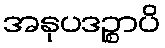
အနုပဒဉ္စာပိ